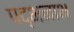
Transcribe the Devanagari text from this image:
पद्भनाभ